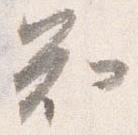
知